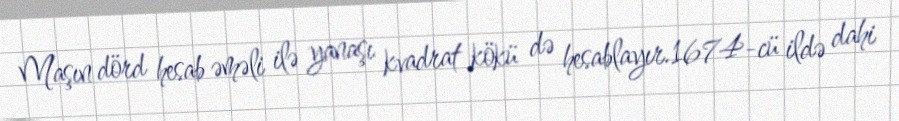
Maşın dörd hesab əməli ilə yanaşı kvadrat kökü də hesablayır.1674-cü ildə dahi